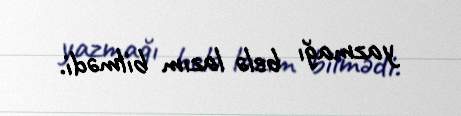
yazmağı belə lazım bilmədi.